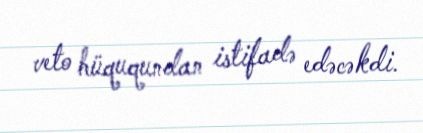
veto hüququndan istifadə edəcəkdi.